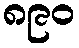
၈၉၀